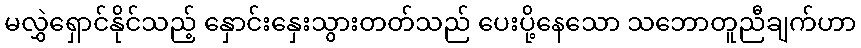
မလွှဲရှောင်နိုင်သည့် နှောင်းနှေးသွားတတ်သည် ပေးပို့နေသော သဘောတူညီချက်ဟာ